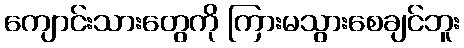
ကျောင်းသားတွေကို ကြားမသွားစေချင်ဘူး